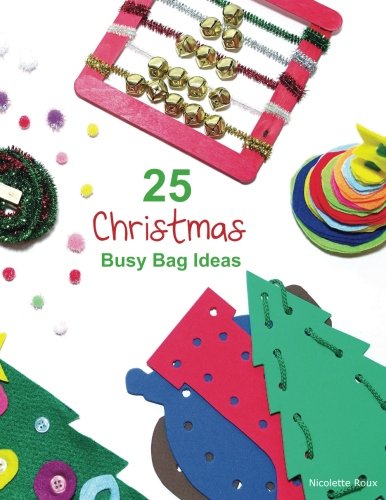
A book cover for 25 Christmas Busy Bag Ideas; Nicolette Roux; Parenting & Relationships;